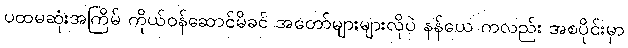
ပထမဆုံးအကြိမ် ကိုယ်ဝန်ဆောင်မိခင် အတော်များများလိုပဲ နန်ယေ ကလည်း အစပိုင်းမှာ